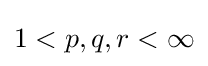
1<p,q,r<\infty